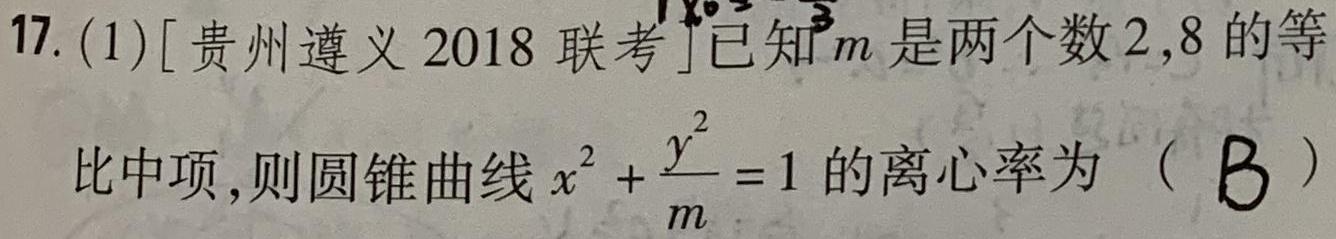
17. (1)[贵州遵义2018联考]已知$m$是两个数$2,8$的等比中项,则圆锥曲线$x^{2}+\frac{y^{2}}{m}=1$的离心率为（B）